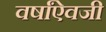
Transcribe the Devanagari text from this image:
वर्षांऐवजी